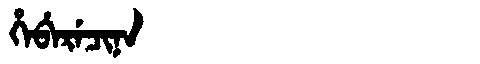
Manchu: ᡥᡝᠪᡝᡵᡝᠴᡳᠨᠠ
Romanization: HEBERECINA